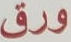
ورق